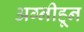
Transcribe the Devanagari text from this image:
अग्नीहून